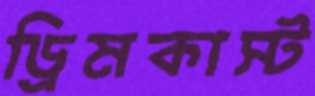
ড্রিমকাস্ট